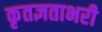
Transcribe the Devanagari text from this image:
कृतज्ञताभरी